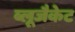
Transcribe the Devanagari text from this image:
ब्लूजैकेट